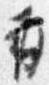
并